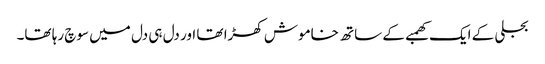
بجلی کے ایک کھمبے کے ساتھ خاموش کھڑا تھا اور دل ہی دل میں سوچ رہا تھا۔